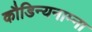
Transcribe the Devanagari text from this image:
कौडिन्यनाम्ना